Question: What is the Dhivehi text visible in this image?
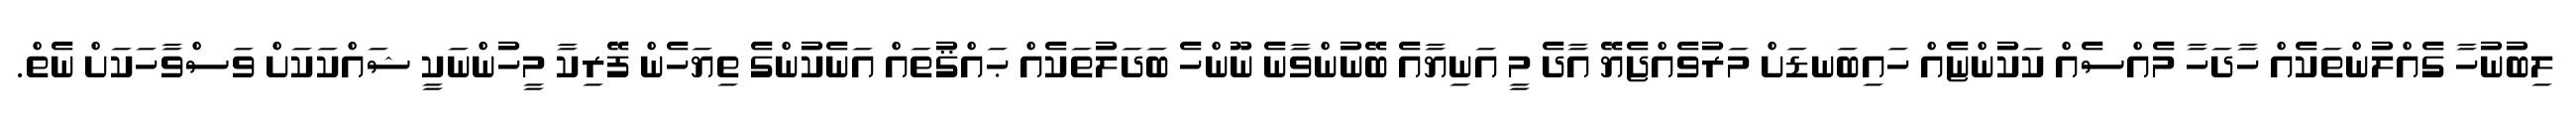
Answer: ލިބުނުހާ ގެއްލުންތަކެއް ހާދަހާ މެއްސެއް ކަކުންޏެއް ހައިބަނޑަށް މަރުވެއްޖެޔޭ އާދެ މީ އަނިޔާއެ ބޭނުންވާނެ ނޫންހެ ބަދަލުތަކެއް ޙައްޤުތައް އަނެކުންގެ ތިޔަހެން ފޭރިކާ މީހުންނަކީ ޝައްކަކަށް ވަސްވާހަކަށް ނެތް.